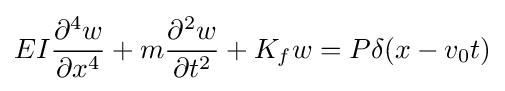
EI{\partial ^{4}w \over \partial x^{4}}+m{\partial ^{2}w \over \partial t^{2}}+K_{f}w=P\delta (x-v_{0}t)